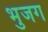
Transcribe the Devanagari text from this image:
भुजग